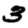
Digit: 3